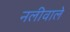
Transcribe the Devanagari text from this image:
नलीवाले